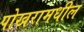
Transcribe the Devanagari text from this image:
पोखरामधील